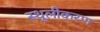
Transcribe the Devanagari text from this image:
स्थूलीकरण